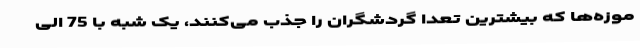
موزه‌ها که بیشترین تعدا گردشگران را جذب می‌کنند، یک شبه با 75 الی